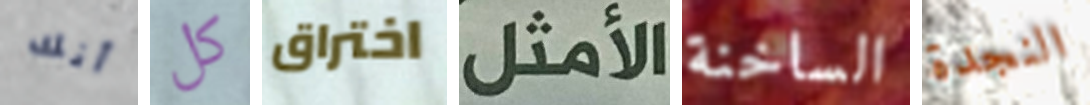
أنك كل اختراق الأمثل الساخنة النجدة